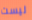
ليست